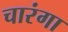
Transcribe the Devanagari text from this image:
चारंगा